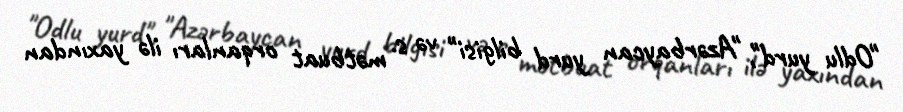
"Odlu yurd", "Azərbaycan yurd bilgisi" və s. mətbuat orqanları ilə yaxından